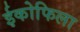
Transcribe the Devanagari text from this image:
ईकोफिला